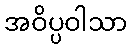
အဝိပ္ပဝါသာ